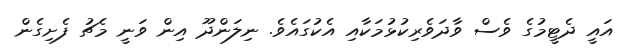
އައީ ދެޓީމުގެ ވެސް ވާދަވެރިކުޅުމަކާއި އެކުގައެވެ. ނިލަންދޫ އިން ވަނީ މެޗު ފެށިގެން